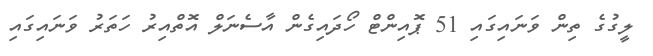
ލީގުގެ ތިން ވަނައިގައި 51 ޕޮއިންޓް ހޯދައިގެން އާސެނަލް އޮތްއިރު ހަތަރު ވަނައިގައި